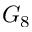
G _ { 8 }